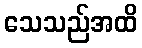
သေသည်အထိ